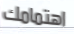
اهتمامك